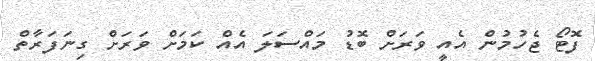
ފޮޓޯ ޖެހުމުން އެއީ ވަރަށް ބޮޑު މައްސަލަ އެއް ކަމަށް ވަރަށް ގިނަފަރާތް